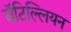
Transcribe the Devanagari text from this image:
बॅटिल्लियन